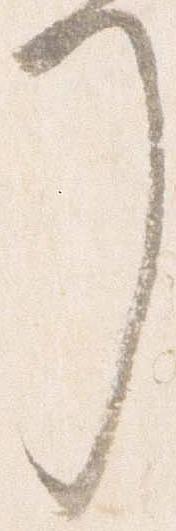
了